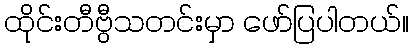
ထိုင်းတီဗွီသတင်းမှာ ဖော်ပြပါတယ်။